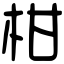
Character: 柑